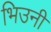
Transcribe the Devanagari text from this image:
भिउनी